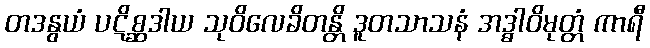
တဒနွယံ ပဋိစ္ဆဒါယ သုဝိလေခိတန္တိ ဒူတသာသနံ အဒ္ဓါဝိမုတ္တံ ကာရီ